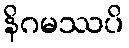
နိဂမဿပိ